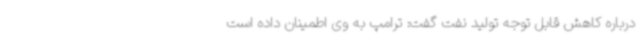
درباره کاهش قابل توجه تولید نفت گفت: ترامپ به وی اطمینان داده است